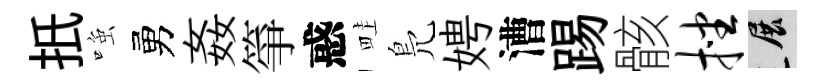
扺𫪻勇姦箏惑畦鳬娉漕踢骸挫展